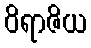
ဝိရာဇိယ